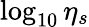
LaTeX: \log_{10}\eta_{s}